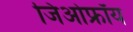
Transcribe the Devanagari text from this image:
जिओफ्रॉय